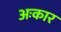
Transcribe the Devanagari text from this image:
अःकार